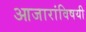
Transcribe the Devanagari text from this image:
आजारांविषयी